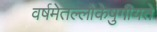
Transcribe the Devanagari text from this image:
वर्षमेतल्लोकेषुगीयते